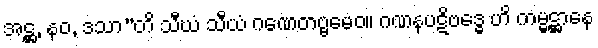
အဋ္ဌ, နဝ, ဒသာ”တိ သီဃံ သီယံ ဂဏေတဗ္ဗမေဝ။ ဂဏနပဋိဗဒ္ဓေ ဟိ ကမ္မဋ္ဌာနေ